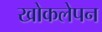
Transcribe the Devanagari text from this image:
खोकलेपन